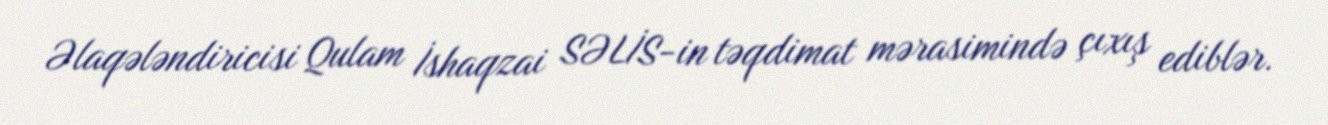
Əlaqələndiricisi Qulam İshaqzai SƏLİS-in təqdimat mərasimində çıxış ediblər.